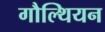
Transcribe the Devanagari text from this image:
गौल्थियन